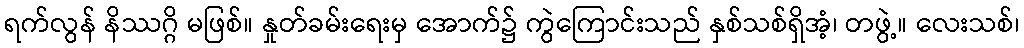
ရက်လွန် နိဿဂ္ဂိ မဖြစ်။ နှုတ်ခမ်းရေးမှ အောက်၌ ကွဲကြောင်းသည် နှစ်သစ်ရှိအံ့၊ တဖွဲ့။ လေးသစ်၊